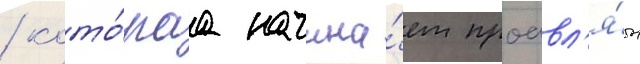
/ кото́раа начина́ет проавл'я́ть